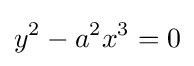
y^{2}-a^{2}x^{3}=0